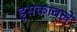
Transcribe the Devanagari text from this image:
हुसकावले